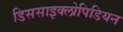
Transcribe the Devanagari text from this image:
डिससाइक्लोपिडियन